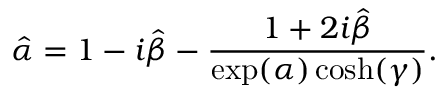
\hat { \alpha } = 1 - i \hat { \beta } - \frac { 1 + 2 i \hat { \beta } } { \exp ( \alpha ) \cosh ( \gamma ) } .